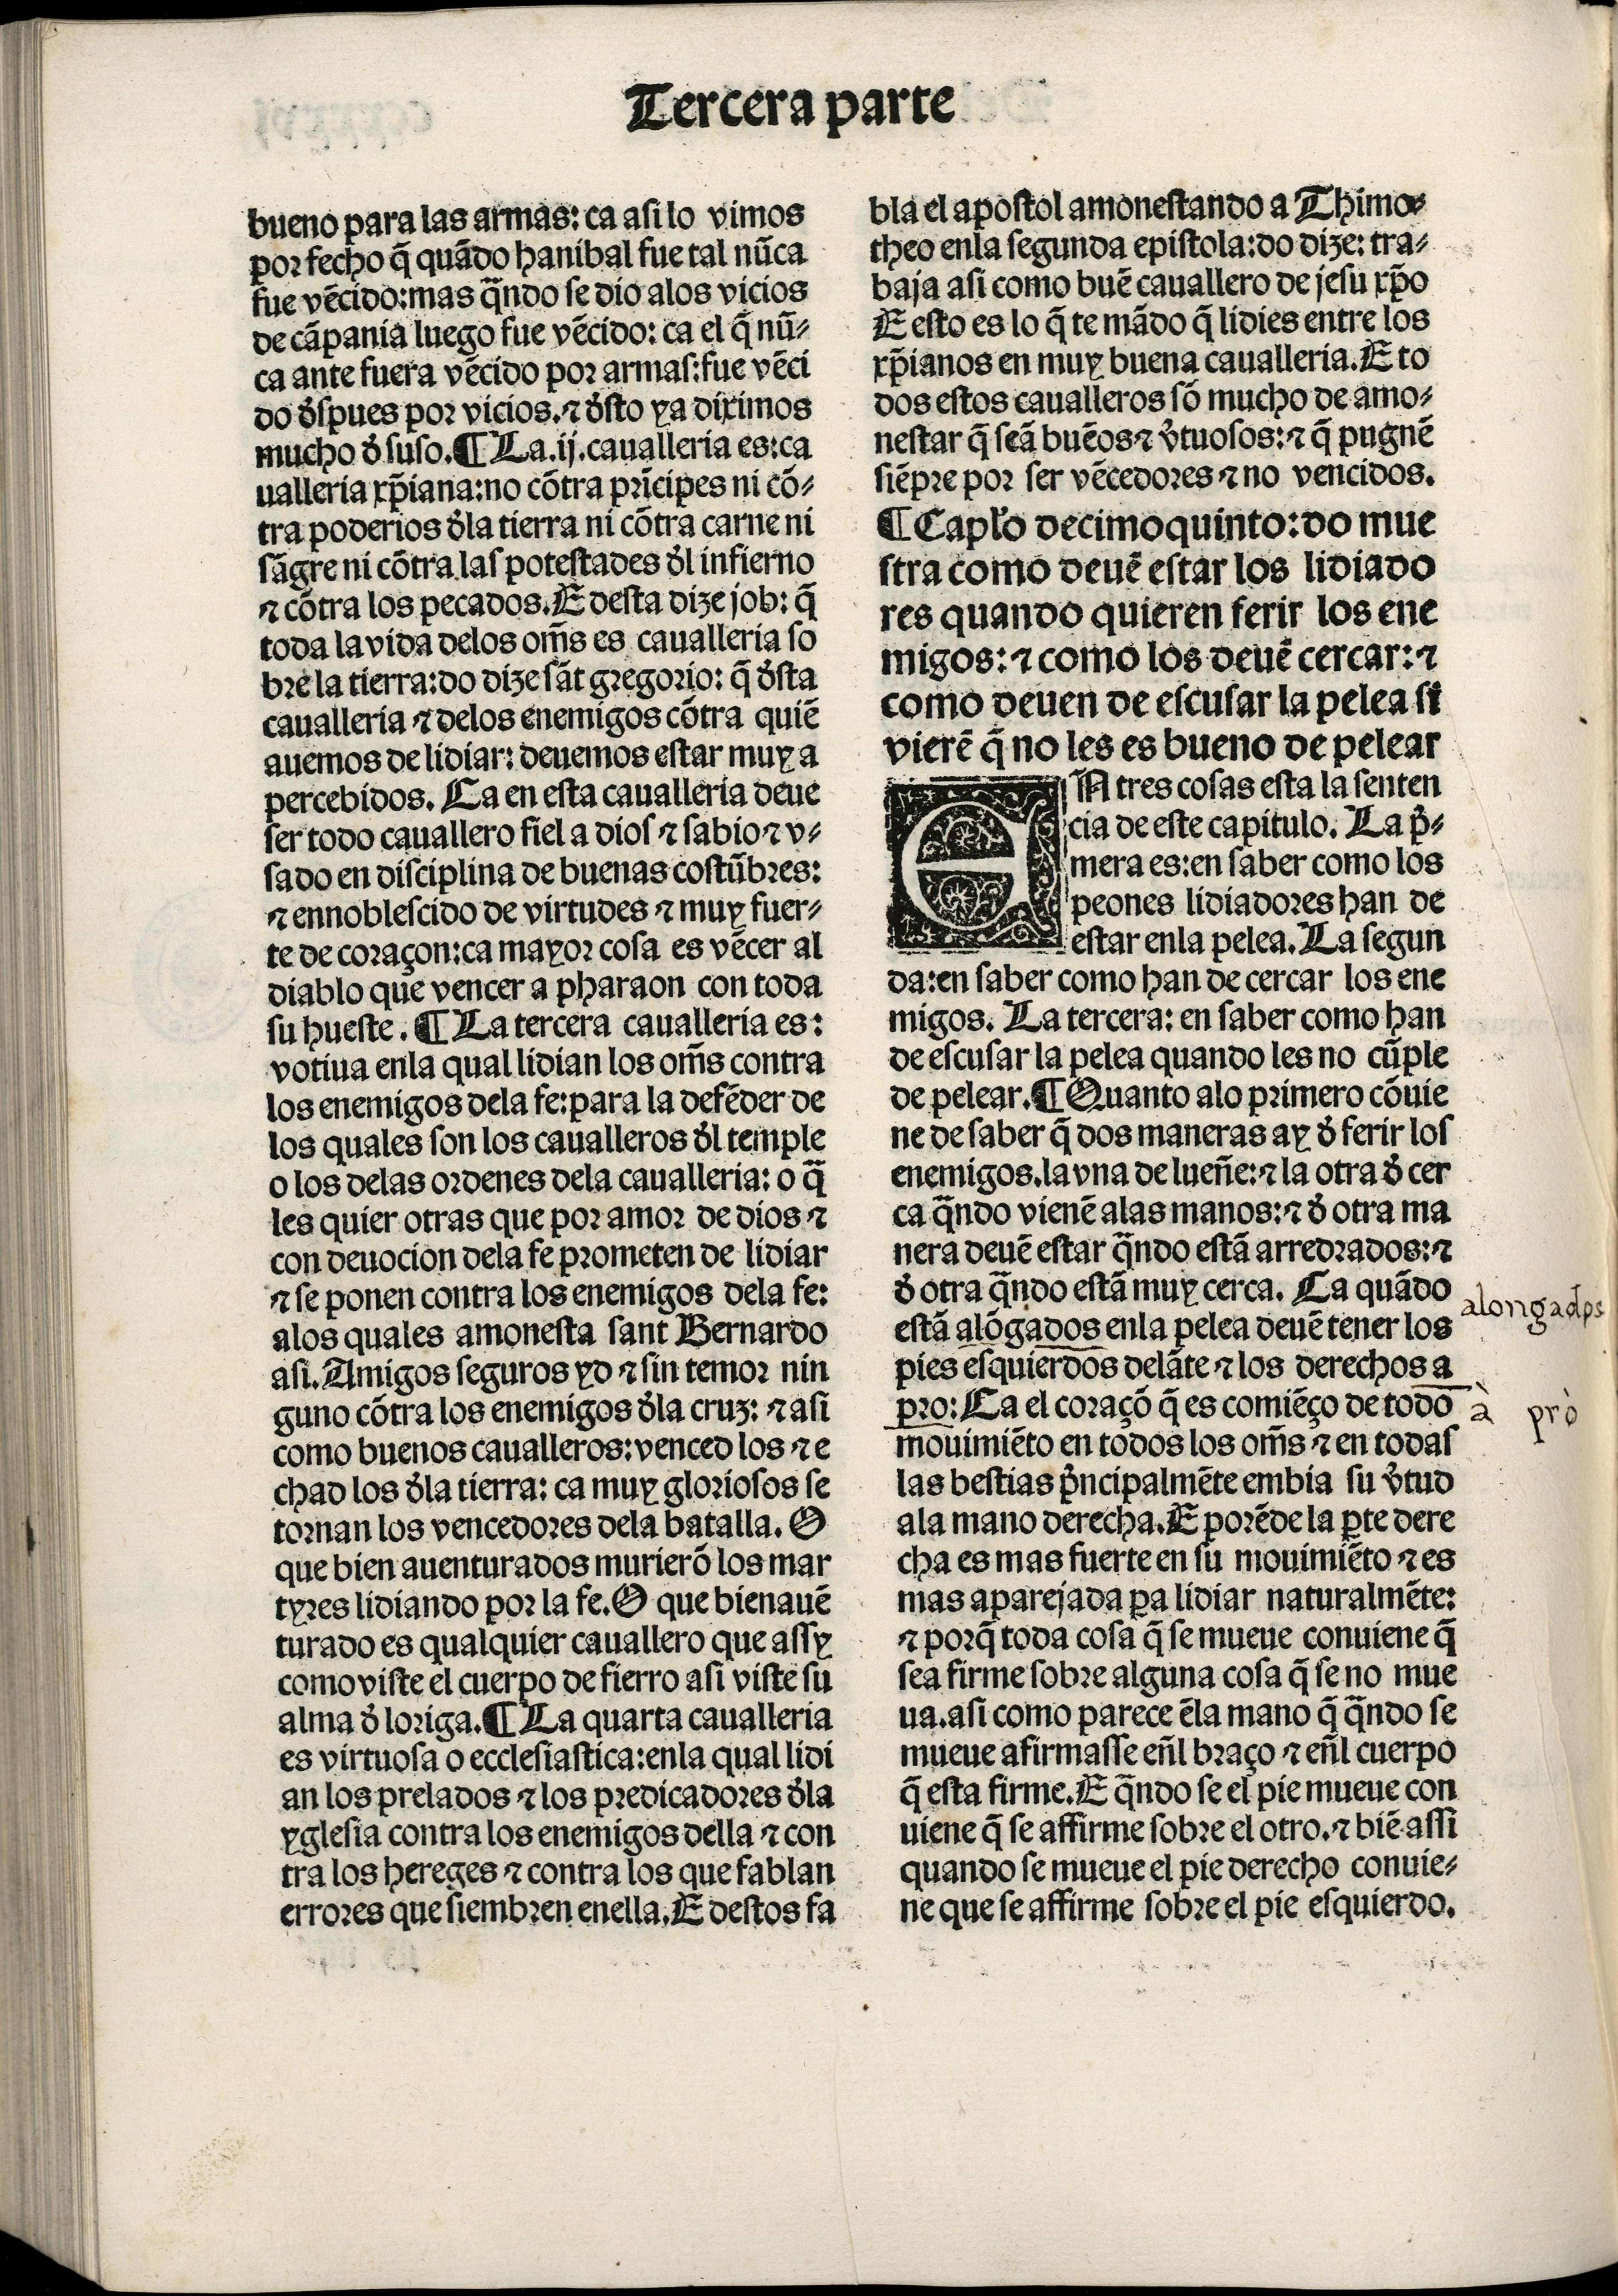
Shelfmark: Madrid, BNE, Inc. 901
Century: 15